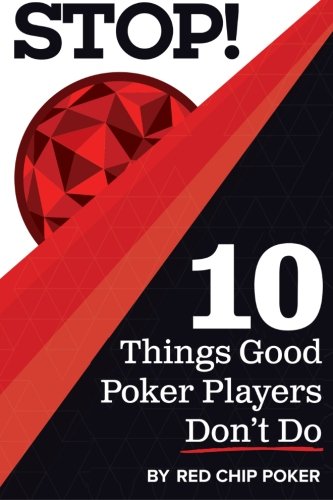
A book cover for STOP! 10 Things Good Poker Players Don't Do; Ed Miller; Humor & Entertainment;